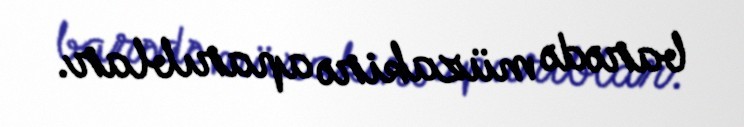
barədə müzakirə aparıblar.